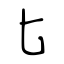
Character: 匕